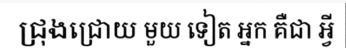
ជ្រុងជ្រោយ មួយ ទៀត អ្នក គឺជា អ្វី